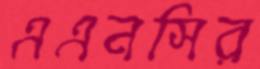
এএনসির